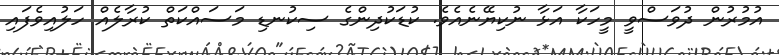
އުމުރުން ދުވަސްވީ މީހަކާ އަޅާ ނުކިޔޭނެއެވެ. ކުޑަކުދިންގެ ސިކުނޑި މަސައްކަތް ކުރާލެއް ހަލުއިވެފައި